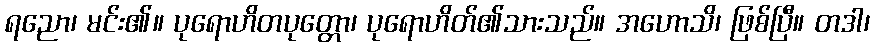
ရညော၊ မင်း၏။ ပုရောဟိတပုတ္တော၊ ပုရောဟိတ်၏သားသည်။ အဟောသိ၊ ဖြစ်ပြီ။ တဒါ၊